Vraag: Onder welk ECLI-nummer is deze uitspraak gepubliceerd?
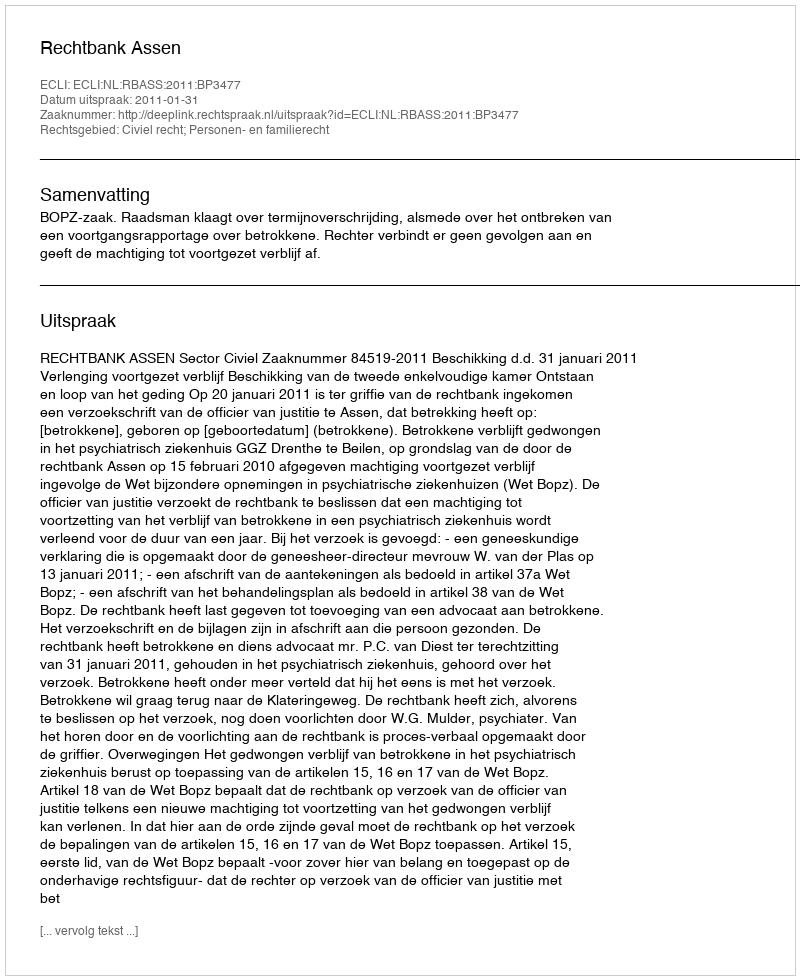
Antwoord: ECLI:NL:RBASS:2011:BP3477